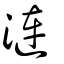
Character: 漣